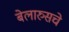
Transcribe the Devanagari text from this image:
बेलारुसचे